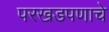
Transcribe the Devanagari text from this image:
परखडपणाचे